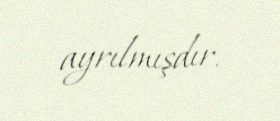
ayrılmışdır.